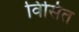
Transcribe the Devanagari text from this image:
विंसित